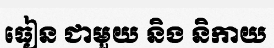
ធៀន ជាមួយ និង និកាយ